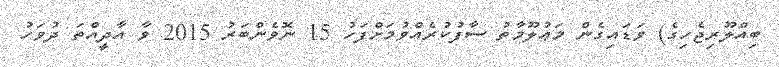
ބިއްލޫރިޖެހިގެ) ވަޑައިގެން މަޢުލޫމާތު ސާފުކުރެއްވުމަށްފަހު 15 ނޮވެންބަރު 2015 ވާ އާދީއްތަ ދުވަހު